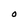
Character: O